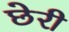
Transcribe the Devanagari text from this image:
छेरी